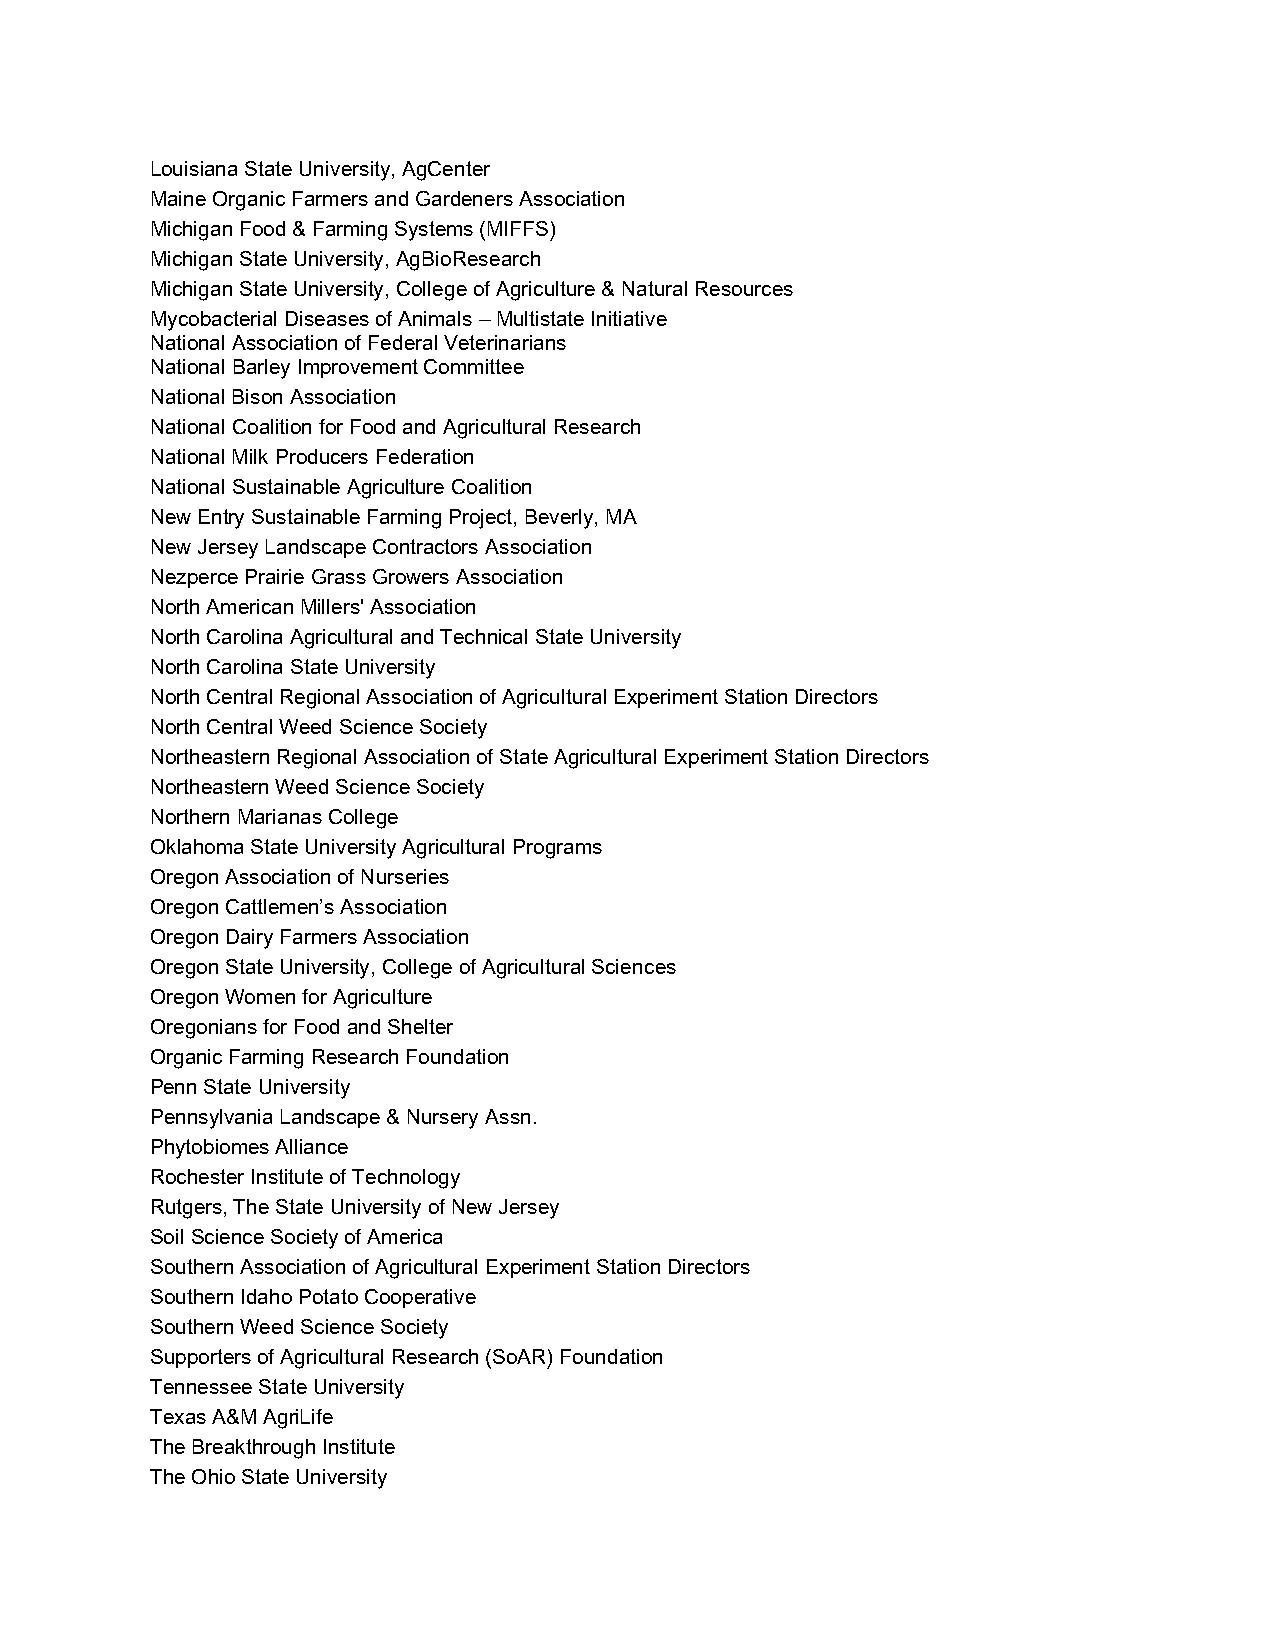
Louisiana State University, AgCenter
 Maine Organic Farmers and Gardeners Association
 Michigan Food & Farming Systems (MIFFS)
 Michigan State University, AgBioResearch
 Michigan State University, College of Agriculture & Natural Resources
 Mycobacterial Diseases of Animals – Multistate Initiative
 National Association of Federal Veterinarians
 National Barley Improvement Committee
 National Bison Association
 National Coalition for Food and Agricultural Research
 National Milk Producers Federation
 National Sustainable Agriculture Coalition
 New Entry Sustainable Farming Project, Beverly, MA
 New Jersey Landscape Contractors Association
 Nezperce Prairie Grass Growers Association
 North American Millers' Association
 North Carolina Agricultural and Technical State University
 North Carolina State University
 North Central Regional Association of Agricultural Experiment Station Directors
 North Central Weed Science Society
 Northeastern Regional Association of State Agricultural Experiment Station Directors
 Northeastern Weed Science Society
 Northern Marianas College
 Oklahoma State University Agricultural Programs
 Oregon Association of Nurseries
 Oregon Cattlemen’s Association
 Oregon Dairy Farmers Association
 Oregon State University, College of Agricultural Sciences
 Oregon Women for Agriculture
 Oregonians for Food and Shelter
 Organic Farming Research Foundation
 Penn State University
 Pennsylvania Landscape & Nursery Assn.
 Phytobiomes Alliance
 Rochester Institute of Technology
 Rutgers, The State University of New Jersey
 Soil Science Society of America
 Southern Association of Agricultural Experiment Station Directors
 Southern Idaho Potato Cooperative
 Southern Weed Science Society
 Supporters of Agricultural Research (SoAR) Foundation
 Tennessee State University
 Texas A&M AgriLife
 The Breakthrough Institute
 The Ohio State University